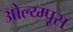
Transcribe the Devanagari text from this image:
ओल्य्म्पूस